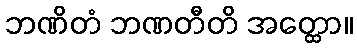
ဘဏိတံ ဘဏတီတိ အတ္ထော။